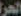
الحر